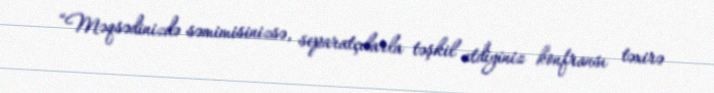
“Məqsədinizdə səmimisinizsə, separatçılarla təşkil etdiyiniz konfransı təxirə